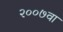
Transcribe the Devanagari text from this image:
२००७वा